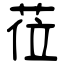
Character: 莅